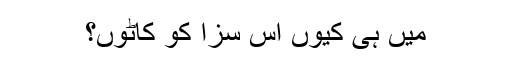
میں ہی کیوں اس سزا کو کاٹوں؟